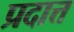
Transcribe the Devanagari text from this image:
प्रदात्त